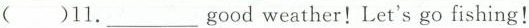
( )11.good___weather!Let's go fishing!